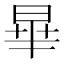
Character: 𪰞